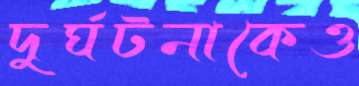
দুর্ঘটনাকেও